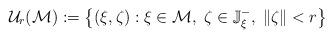
LaTeX: \begin{gather*}\mathcal{U}_{r}(\mathcal{M}):=\left\{ (\xi,\zeta):\xi\in\mathcal{M},\;\zeta\in\mathbb{J}_{\xi}^{-},\;\left\Vert \zeta\right\Vert <r\right\}\end{gather*}